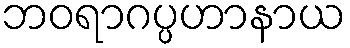
ဘဝရာဂပ္ပဟာနာယ